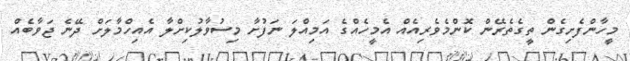
މީހާންފެށިގެން ތީގެތެރޭން ކޮންމެވެރިއެއް އެމީހެއްގެ އަމިއްލަ ނަފުށާ މިސުވާލުކިށްލާ އެއިހްމާލަށް ދޭނެ ޖަވާބެއް